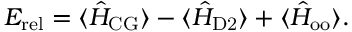
E _ { \mathrm { r e l } } = \langle \hat { H } _ { \mathrm { C G } } \rangle - \langle \hat { H } _ { \mathrm { D 2 } } \rangle + \langle \hat { H } _ { \mathrm { o o } } \rangle .